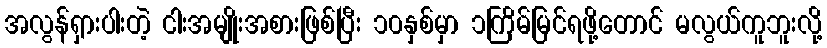
အလွန်ရှားပါးတဲ့ ငါးအမျိုးအစားဖြစ်ပြီး ၁၀နှစ်မှာ ၁ကြိမ်မြင်ရဖို့တောင် မလွယ်ကူဘူးလို့